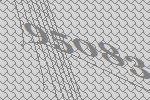
95083